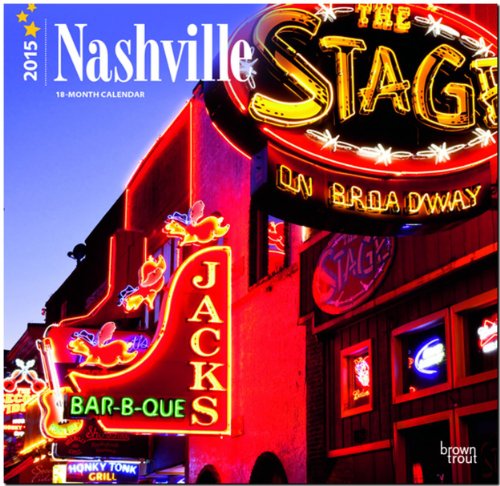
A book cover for Nashville 2015 Square 12x12; BrownTrout; Calendars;